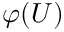
\varphi ( U )